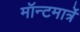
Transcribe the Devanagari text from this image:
मॉन्टमार्त्रे